Vaccination in Bombay 1902-1912 - 1902-1912
Year: 1902
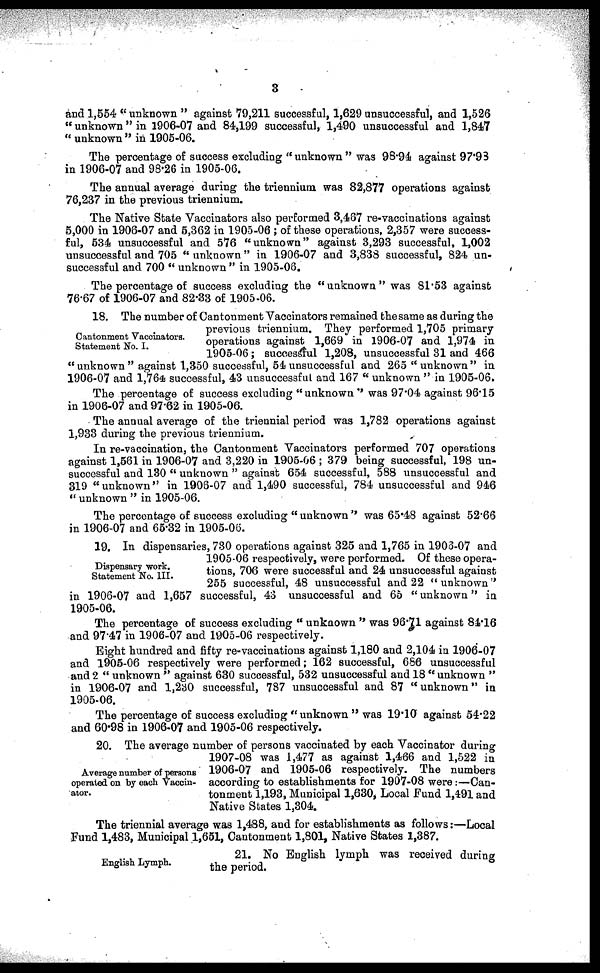
3
and 1,554 " unknown " against 79,211 successful, 1,629 unsuccessful, and 1,526
" unknown " in 1906-07 and 84,199 successful, 1,490 unsuccessful and 1,847
" unknown" in 1905-06.
The percentage of success excluding " unknown " was 98.94 against 97.93
in 1906-07 and 98.26 in 1905-06.
The annual average during the triennium was 82,877 operations against
76,237 in the previous triennium.
The Native State Vaccinators also performed 3,467 re-vaccinations against
5,000 in 1906-07 and 5,362 in 1905-06 ; of these operations, 2,357 were success-
ful, 534 unsuccessful and 576 "unknown" against 3,293 successful, 1,002
unsuccessful and 705 " unknown " in 1906-07 and 3,838 successful, 824 un-
successful and 700 " unknown " in 1905-06.
The percentage of success excluding the "unknown" was 81.53 against
76.67 of 1906-07 and 82.33 of 1905-06.
Cantonment Vaccinators.
Statement No. I.
18. The number of Cantonment Vaccinators remained the same as during the
previous triennium. They performed 1,705 primary
operations against 1,669 in 1906-07 and 1,974 in
1905-06; successful 1,208, unsuccessful 31 and 466
"unknown" against 1,350 successful, 54 unsuccessful and 265 " unknown " in
1906-07 and 1,764 successful, 43 unsuccessful and 167 " unknown "in 1905-06.
The percentage of success excluding "unknown" was 97.04 against 96.15
in 1906-07 and 97.62 in 1905-06.
The annual average of the triennial period was 1,782 operations against
1,933 during the previous triennium.
In re-vaccination, the Cantonment Vaccinators performed 707 operations
against 1,561 in 1906-07 and 3,220 in 1905-06 ; 379 being successful, 198 un-
successful and 130 " unknown " against 654 successful, 588 unsuccessful and
319 "unknown" in 1906-07 and 1,490 successful, 784 unsuccessful and 946
" unknown " in 1905-06.
The percentage of success excluding " unknown " was 65.48 against 52.66
in 1906-07 and 65.32 in 1905-06.
Dispensary work.
Statement No. III.
19. In dispensaries, 730 operations against 325 and 1,765 in 1906-07 and
1905-06 respectively, were performed. Of these opera-
tions, 706 were successful and 24 unsuccessful against
255 successful, 48 unsuccessful and 22 " unknown"
in 1906-07 and 1,657 successful, 43 unsuccessful and 65 "unknown" in
1905-06.
The percentage of success excluding " unknown " was 96.71 against 84.16
and 97.47 in 1906-07 and 1905-06 respectively.
Eight hundred and fifty re-vaccinations against 1,180 and 2,104 in 1906-07
and 1905-06 respectively were performed; 162 successful, 686 unsuccessful
and 2 " unknown " against 630 successful, 532 unsuccessful and 18 "unknown "
in 1906-07 and 1,230 successful, 787 unsuccessful and 87 " unknown" in
1905-06.
The percentage of success excluding " unknown " was 19.10 against 54.22
and 60.98 in 1906-07 and 1905-06 respectively.
Average number of persons
operated on by each Vaccin-
ator.
20. The average number of persons vaccinated by each Vaccinator during
1907-08 was 1,477 as against 1,466 and 1,522 in
1906-07 and 1905-06 respectively. The numbers
according to establishments for 1907-08 were:—Can-
tonment 1,193, Municipal 1,630, Local Fund 1,491 and
Native States 1,304.
The triennial average was 1,488, and for establishments as follows:—Local
Fund 1,483, Municipal 1,651, Cantonment 1,801, Native States 1,387.
English Lymph.
21. No English lymph was received during
the period.